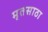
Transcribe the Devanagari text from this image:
मृतसाठा